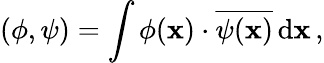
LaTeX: (\phi,\psi)=\int\phi(\mathbf{x})\cdot{\overline{{{\psi(\mathbf{x})}}}}\, \mathrm{{d}}\mathbf{x}\, ,